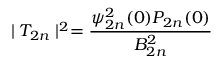
\mid T _ { 2 n } \mid ^ { 2 } = \frac { \psi _ { 2 n } ^ { 2 } ( 0 ) P _ { 2 n } ( 0 ) } { B _ { 2 n } ^ { 2 } }